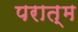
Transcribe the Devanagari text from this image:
परात्म